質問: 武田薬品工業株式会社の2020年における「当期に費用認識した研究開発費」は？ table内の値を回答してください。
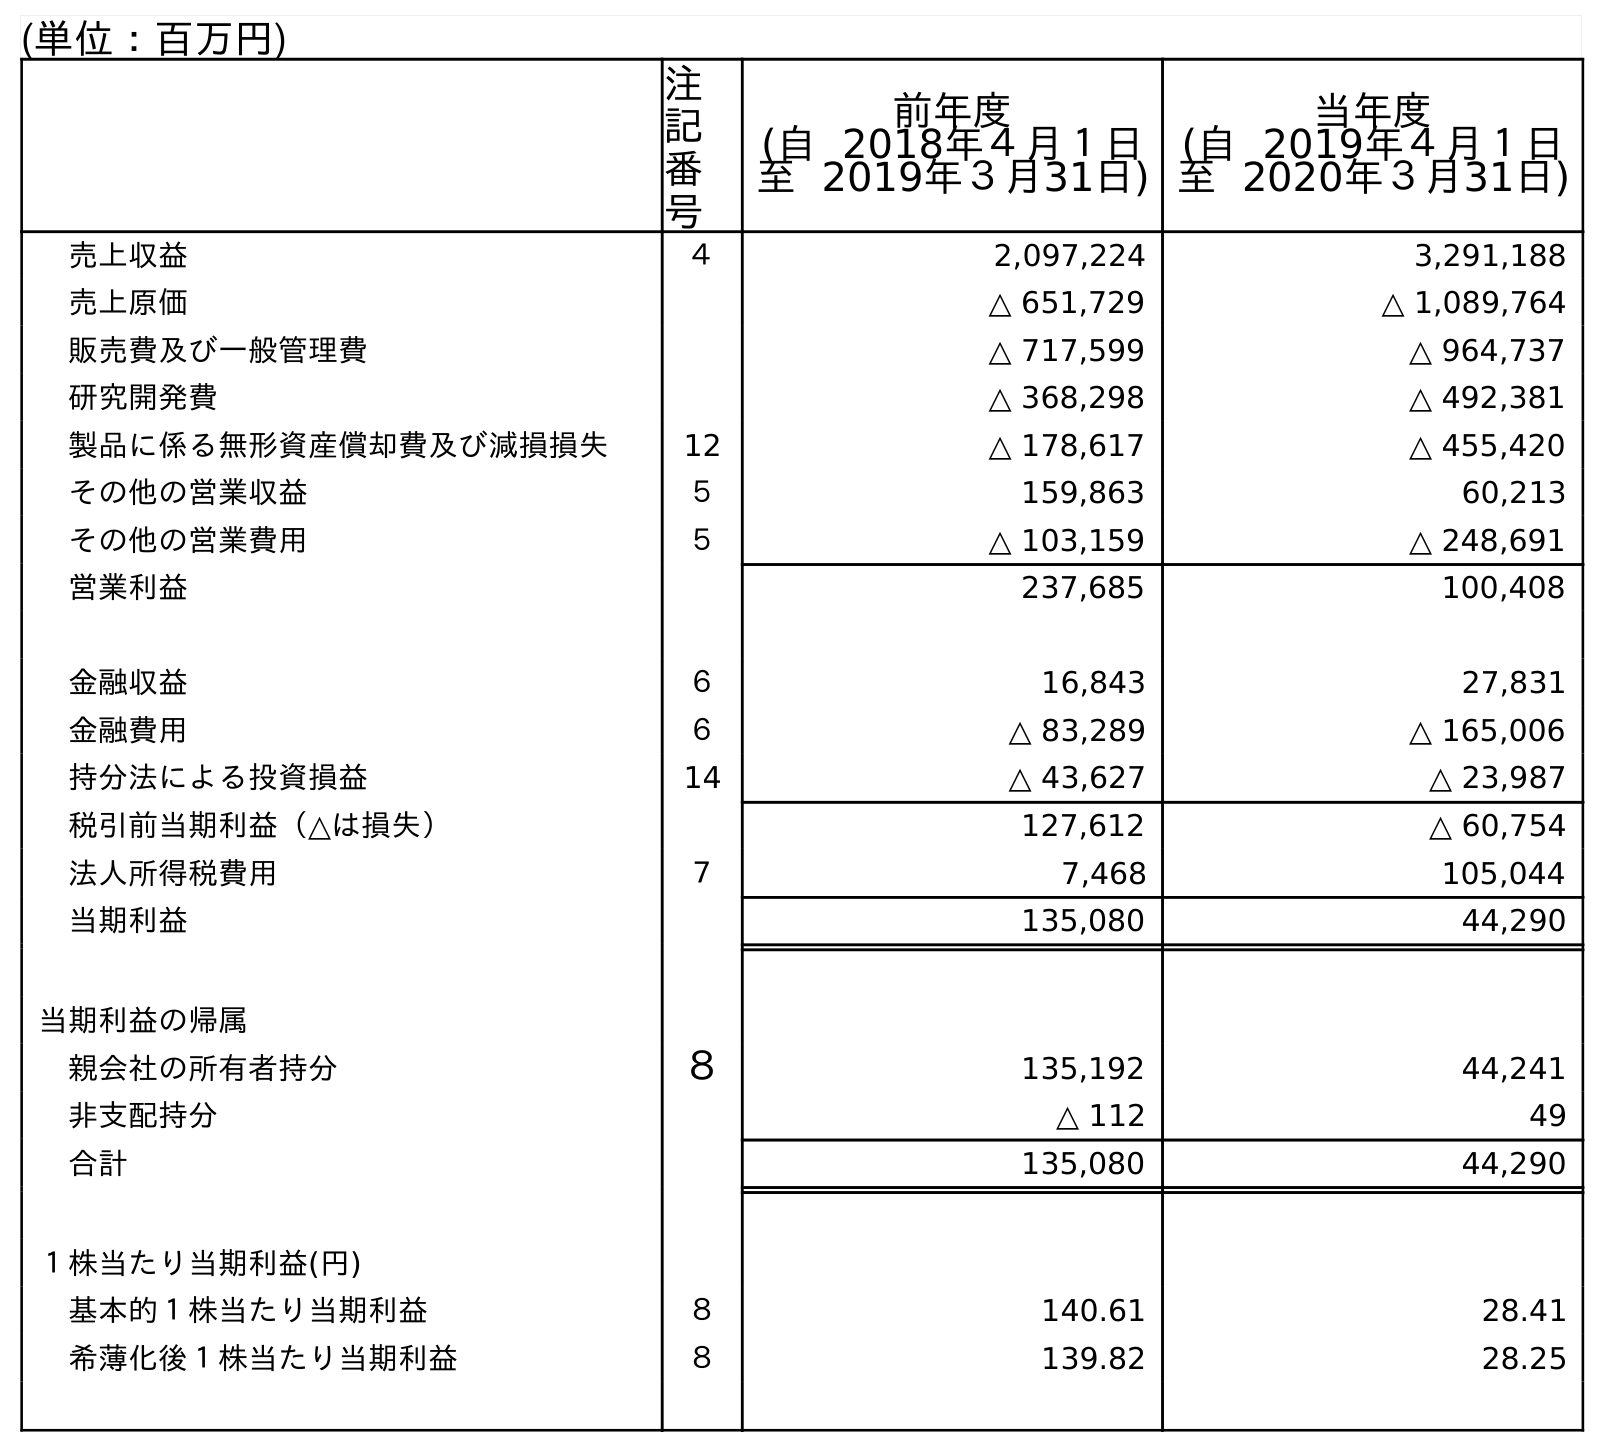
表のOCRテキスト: (単位：百万円) 注 記 番 号 前年度 (自 2018年４月１日 至 2019年３月31日) 当年度 (自 2019年４月１日 至 2020年３月31日) 売上収益 ４ 2,097,224 3,291,188 売上原価 △ 651,729 △ 1,089,764 販売費及び一般管理費 △ 717,599 △ 964,737 研究開発費 △ 368,298 △ 492,381 製品に係る無形資産償却費及び減損損失 12 △ 178,617 △ 455,420 その他の営業収益 ５ 159,863 60,213 その他の営業費用 ５ △ 103,159 △ 248,691 営業利益 237,685 100,408 金融収益 ６ 16,843 27,831 金融費用 ６ △ 83,289 △ 165,006 持分法による投資損益 14 △ 43,627 △ 23,987 税引前当期利益（△は損失） 127,612 △ 60,754 法人所得税費用 ７ 7,468 105,044 当期利益 135,080 44,290 当期利益の帰属 親会社の所有者持分 ８ 135,192 44,241 非支配持分 △ 112 49 合計 135,080 44,290 １株当たり当期利益(円) 基本的１株当たり当期利益 ８ 140.61 28.41 希薄化後１株当たり当期利益 ８ 139.82 28.25
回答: △492,381